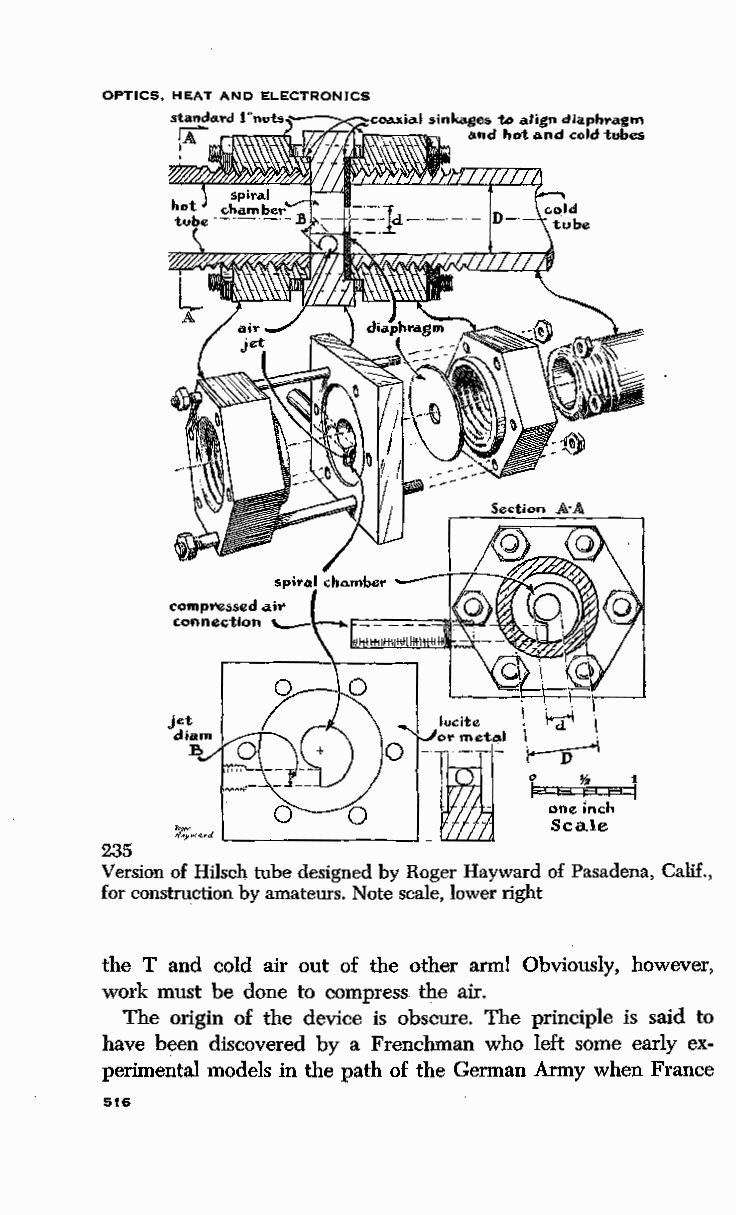
OPTICS, HEAT AND ELECTRONICS
 lucite
 ------~--·~
 "F -*s~ ssl1
 ~w""-             Wzj    one inch
 I                    Scale
 235
 Version of Hilsch tube designed by Roger Hayward of Pasadena, Calif.,
 for construction by amateurs. Note scale, lower right
 the T and cold air out of the other arml Obviously, however,
 work must be done to compress. the air.
 The origin of the device is obscure. The principle is said to
 have been discovered by a Frenchman who left some early ex
 perimental models in the path of the German Army when France
 516